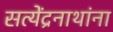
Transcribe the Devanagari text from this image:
सत्येंद्रनाथांना